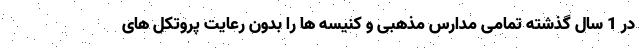
در 1 سال گذشته تمامی مدارس مذهبی و کنیسه ها را بدون رعایت پروتکل های